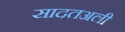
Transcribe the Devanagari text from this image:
सादतअली